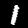
Label: 1